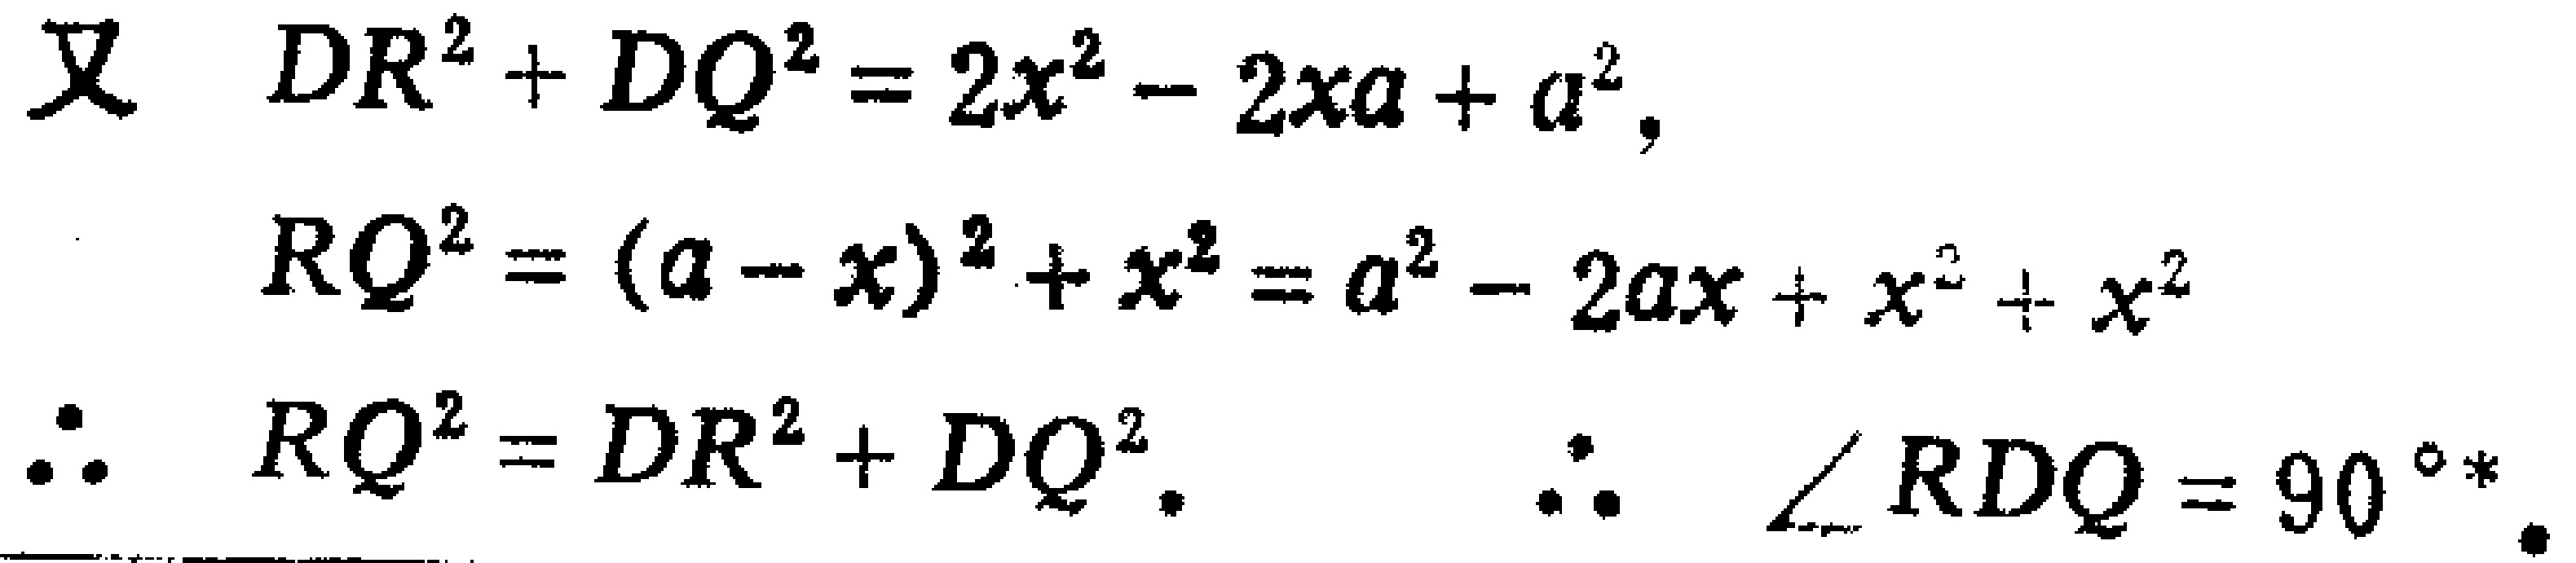
\[
\begin{align*}
\text{又}\quad DR^{2}+DQ^{2}&=2x^{2}-2xa + a^{2},\\
RQ^{2}&=(a - x)^{2}+x^{2}=a^{2}-2ax+x^{2}+x^{2}\\
\therefore\quad RQ^{2}&=DR^{2}+DQ^{2}.\quad\therefore\quad\angle RDQ = 90^{\circ}*.
\end{align*}
\]